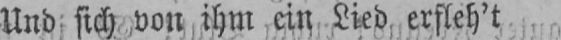
Und sich von ihm ein Lied, erfleh’t